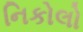
નિકોલો